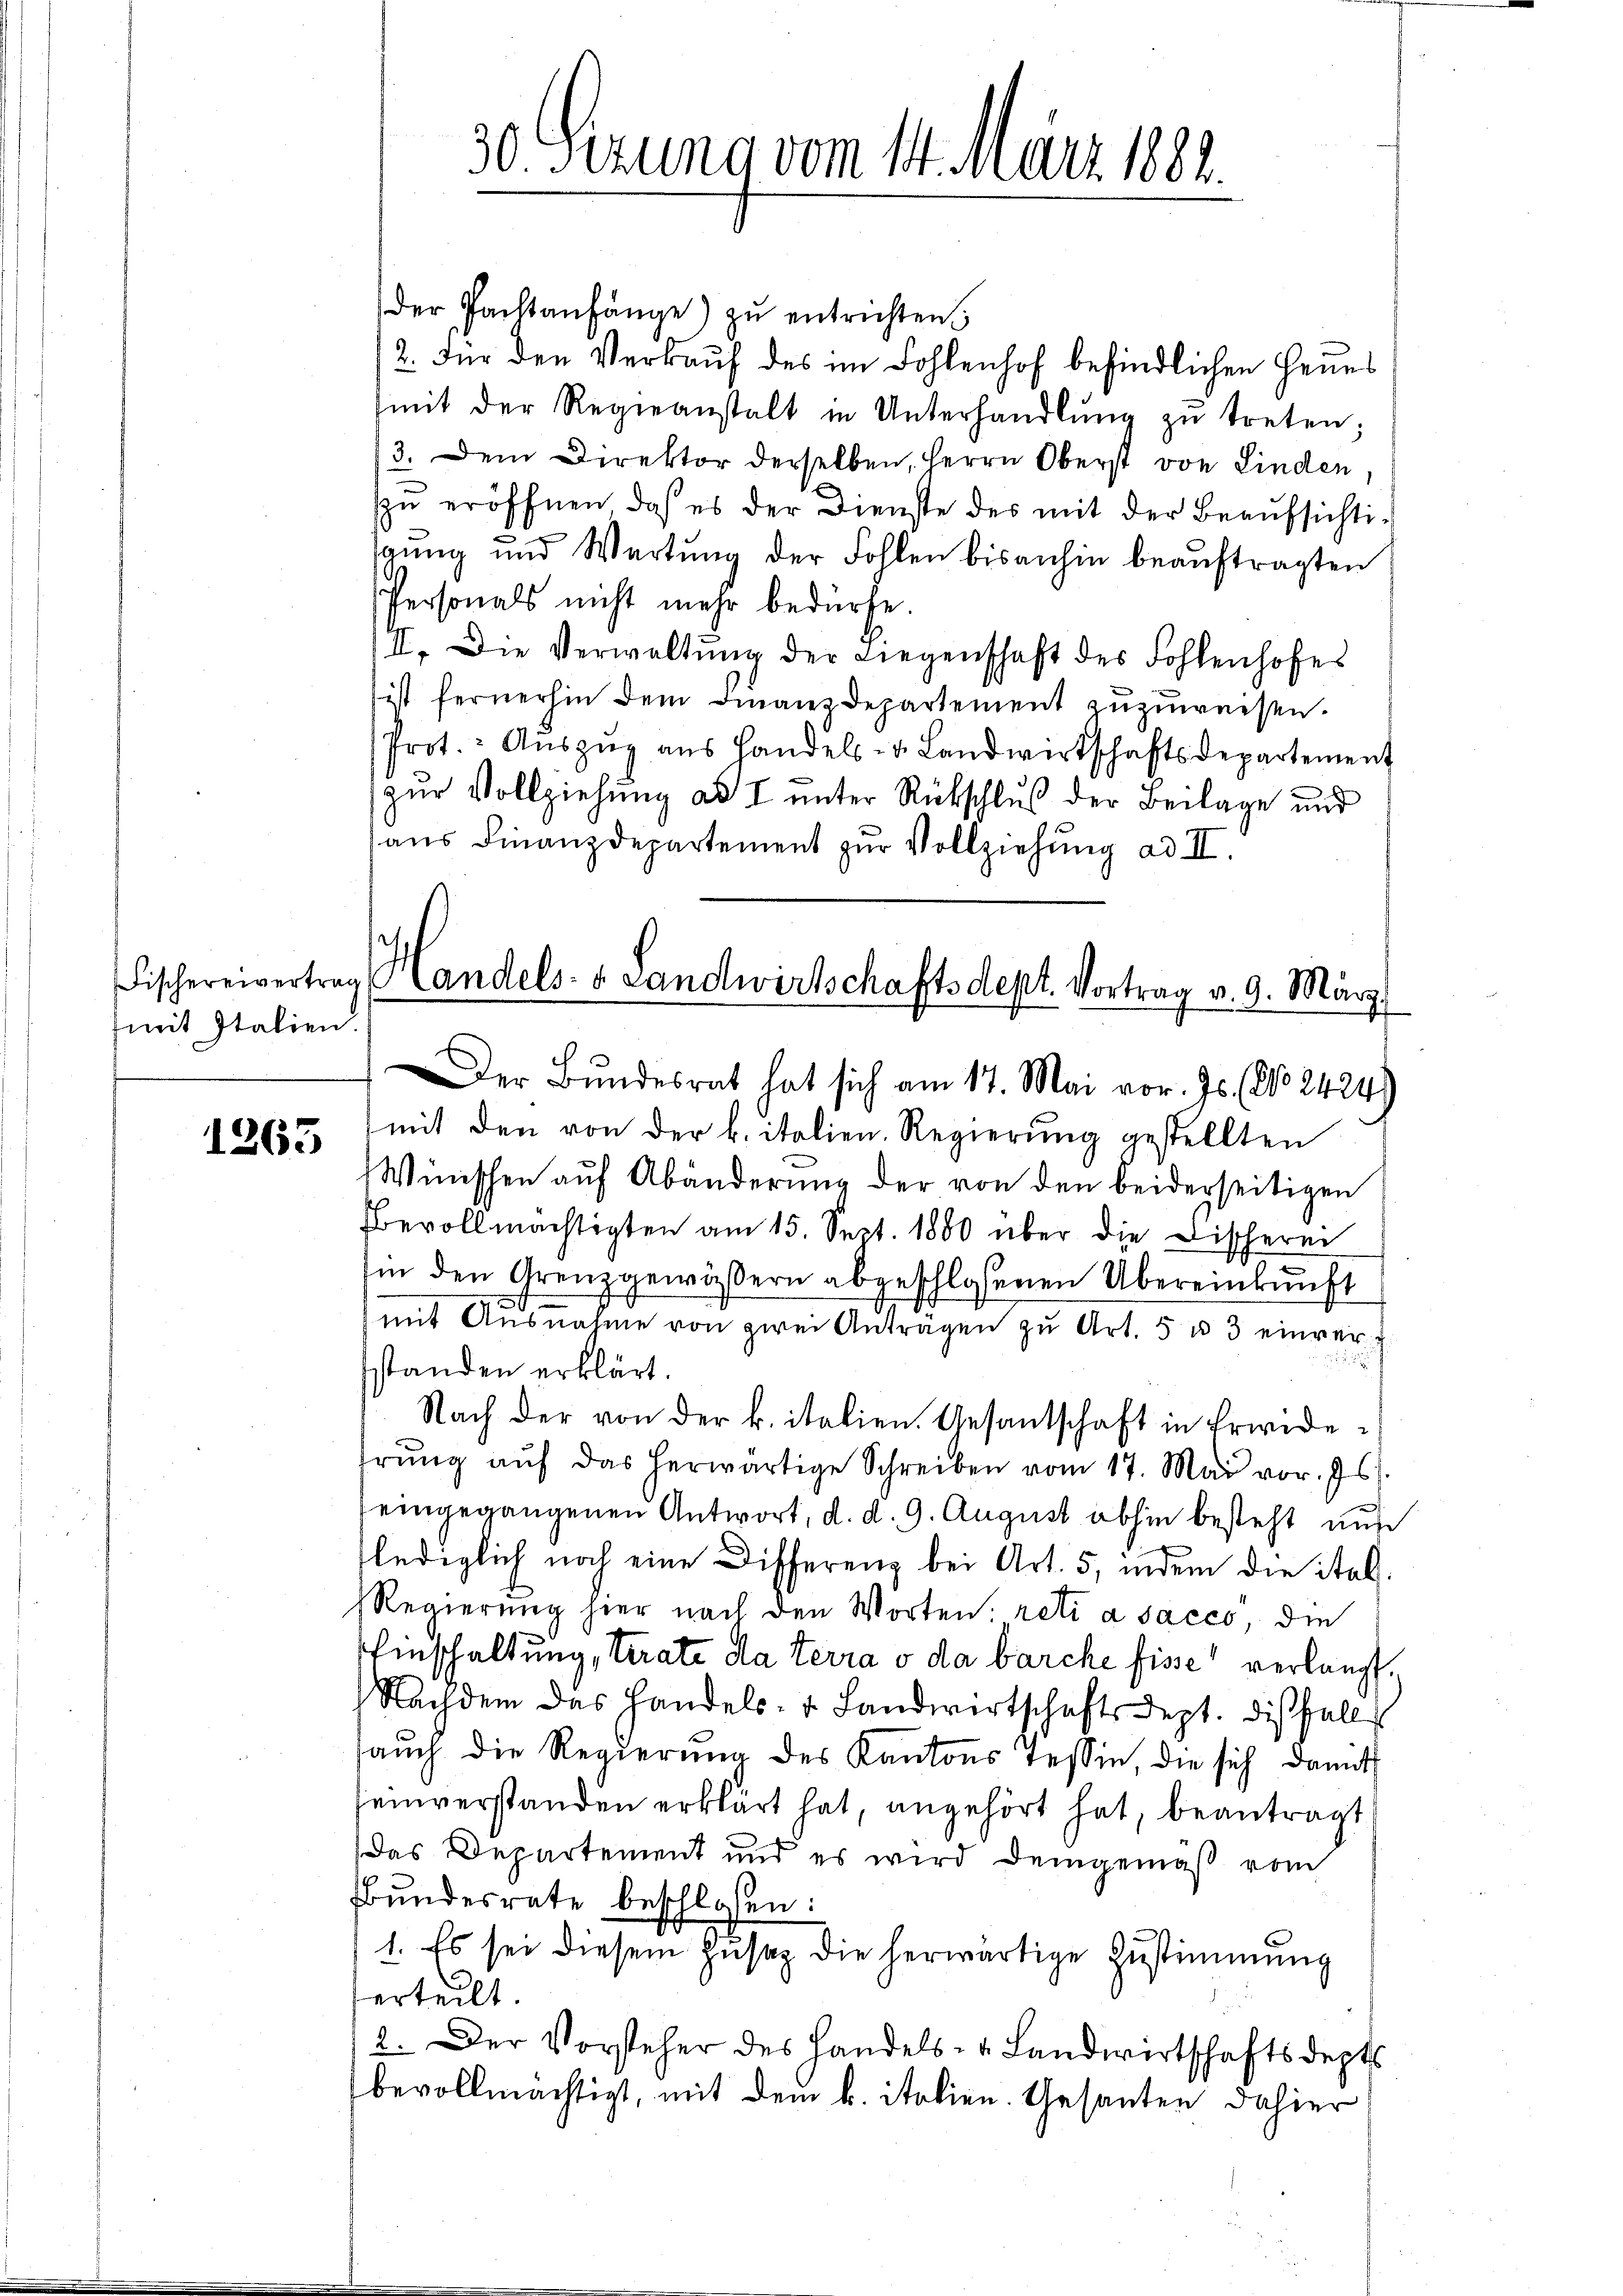
Fischereivertrag
mit Italien.

1263

30 Sezung vom 14. März 1882.

der Pachtanfänge zŭ entrichten
12. Für den Verkauf des im Fohlenhof befindlichen Herrs
(mit der Regieanstalt in Unterhandlŭng zŭ treten;
3. Dem Direktor derselben, Herrn Oberst von Linden,
zŭ eröffnen, daß es der Dienste des mit der Beaŭfsichtisgŭng und Wartung der Fohlen bisanhin beaŭftragten
Personals nicht mehr bedürfe.
II. Die Verwaltŭng der Liegenschaft des Fohlenhofes
ist fernerhin dem Finanzdepartement zuzuweisen.
Prot.: Aŭszŭg aŭs Handels- u. Landwirtschaftsdepartement
zur Vollziehung ad I unter Rückschluß der Beilage und
aŭs Finanzdepartement zŭr Vollziehŭng ad III.

Handels. v. Landwirtschaftsdept. Vortrag v. 9. März
Der Bundesrat hat sich am 17. Mai vor. Js. (No. 2424)

mit den von der b. italien. Regierŭng gestellten
Wünschen aŭf Abänderŭng der von den beiderseitigen
bevollmächtigten am 15. Sept. 1880 über die Fischerei
in den Grenzgewässern abgeschlossenen Übereinkunft
mit Ausnahme von zwei Anträgen zŭ Art. 5 u. 3 einverstanden erklärt.
Nach der von der k. italien. Gesantschaft in Erwide-
erŭng auf das herwärtige Schreiben vom 17. Mai vor. Js.
eingegangenen Antwort, d. d. 9. August abhin besteht aus
lediglich noch eine Differenz bei Art. 5, indem die ital
Regierŭng hier nach den Worten: reti a sacco, die
Einschaltung, trate da terra o da barche fisse verlangt.
Nachdem das Handels- & Landwirtschaftsdept. diesfalls
aŭch die Regierŭng des Kantons Tessin, die sich damit
einverstanden erklärt hat, angehört hat, beantragt
Das Departement und es wird demgemäß vom
Bundesrate beschlossen:
1. Es sei diesem Zusaz die herwärtige Zustimmung
erteilt.
12. Der Vorsteher des Handels- & Landwirtschaftsdepts
bevollmächtigt, mit dem k. italien. Gesanten dahier